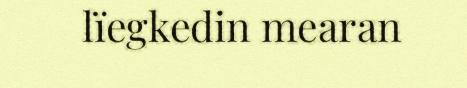
lïegkedin mearan